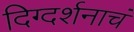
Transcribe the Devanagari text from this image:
दिग्दर्शनाचं